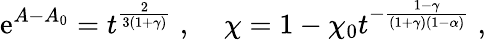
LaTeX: \mathrm{e}^{A-A_{0}}=t^{\frac{{2}}{{3(1+\gamma)}}}\; ,\; \; \; \; \chi=1-\chi_{0}t^{-\frac{{1-\gamma}}{{(1+\gamma)(1-\alpha)}}}\; ,